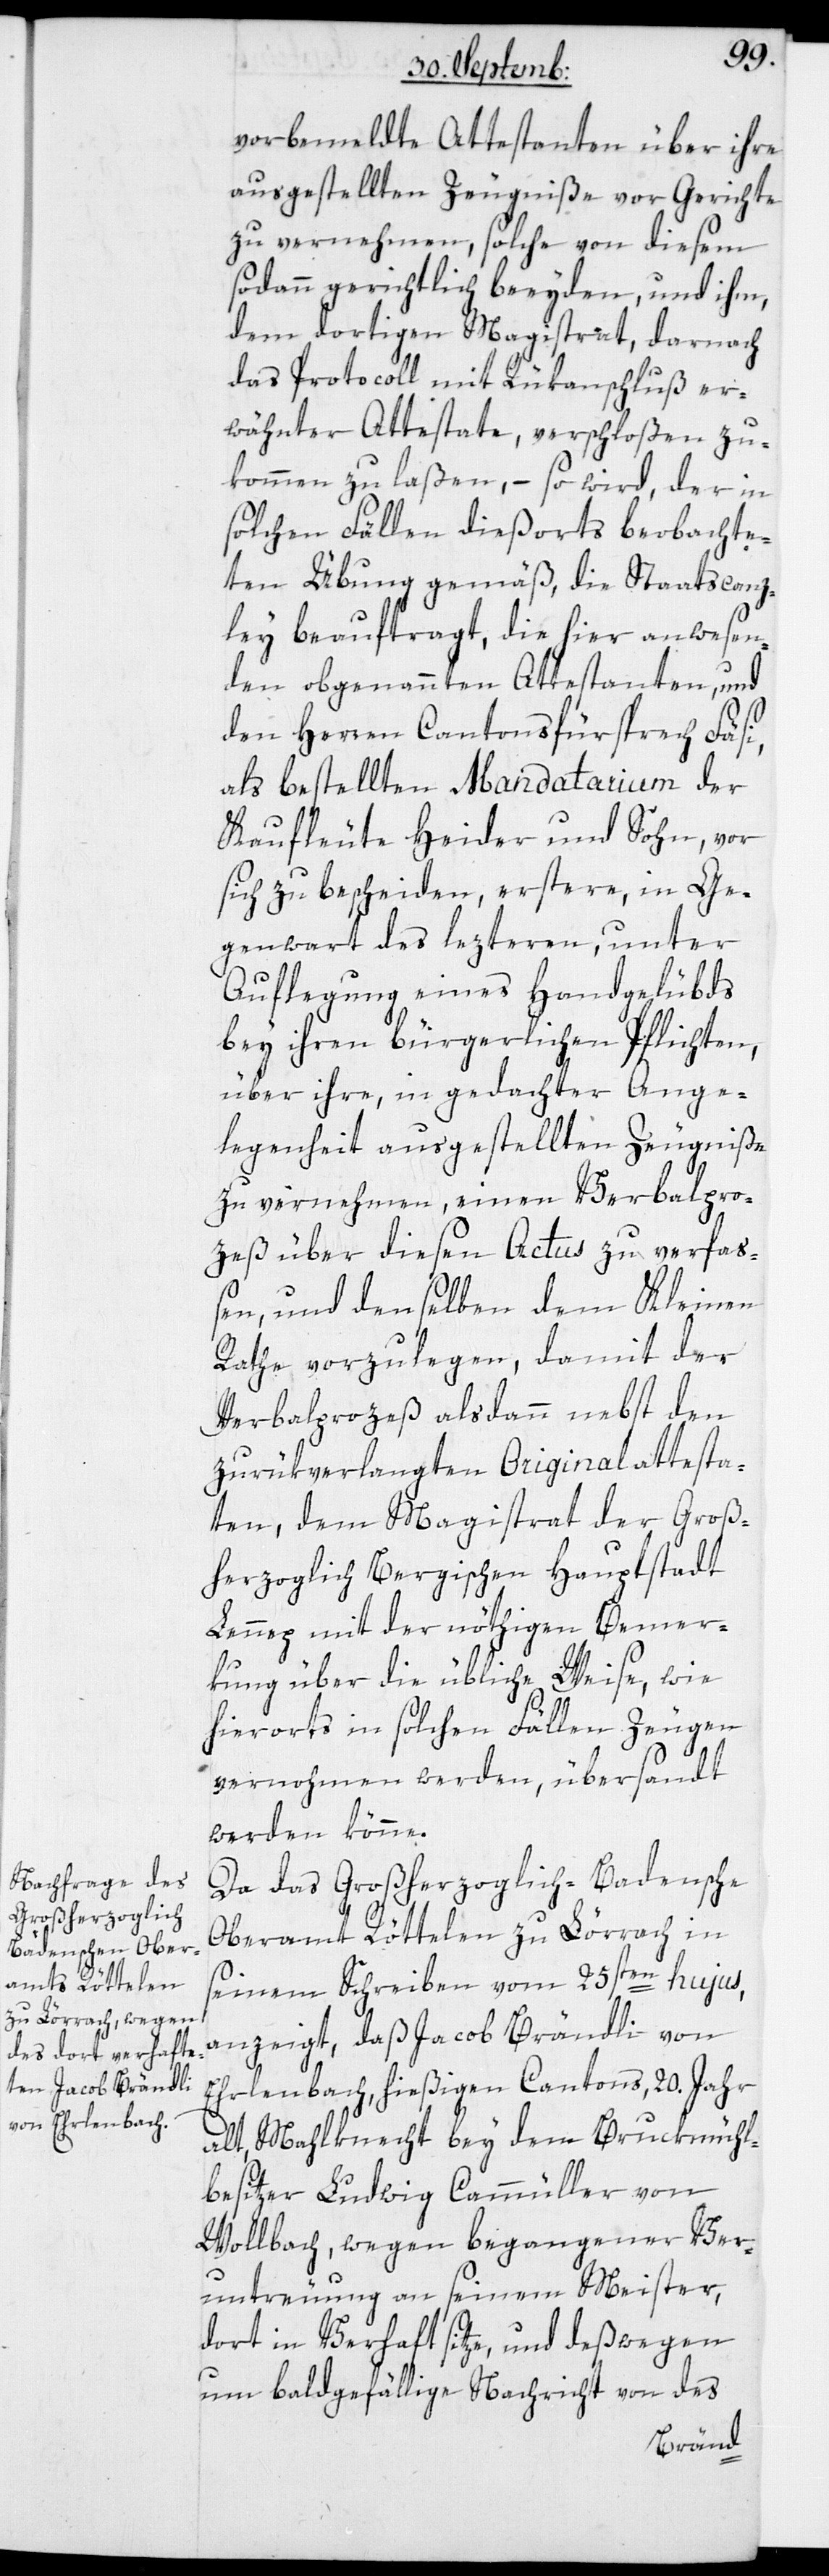
vorbemeldte Attestanten über ihre
ausgestellten Zeugniße vor Gerichte
zu vernehmen, solche von diesem
sodann gerichtlich beeyden, und ihm,
dem dortigen Magistrat, darnach
das Protocoll mit Rükanschluß er¬
wähnter Attestate, verschloßen zu¬
kommen zu laßen, – so wird, der in
solchen Fällen diesorts beobachte¬
ten Übung gemäß, die Staatscanz¬
ley beauftragt, die hier anwesen¬
den obgenannten Attestanten, und
den Herren Cantonsfürsprech Fäsi,
als bestellten Mandatarium der
Kaufleute Heider und Sohn, vor
sich zu bescheiden, erstere, in Ge¬
genwart des lezteren, unter
Auflegung eines Handgelübds
bey ihren bürgerlichen Pflichten,
über ihre, in gedachter Ange¬
legenheit ausgestellten Zeugniße
zu vernehmen, einen Verbalpro¬
zeß über diesen Actus zu verfas¬
sen, und denselben dem Kleinen
Rathe vorzulegen, damit der
Verbalprozeß alsdann nebst den
zurükverlangten Originalattesta¬
ten, dem Magistrat der Groß¬
herzoglich Bergischen Hauptstadt
Lennep mit der nöthigen Bemer¬
kung über die übliche Weise, wie
hierorts in solchen Fällen Zeugen
vernohmen werden, übersandt
werden könne.
Da das Großherzoglich Badensche
Oberamt Röttelen zu Lörrach in
seinem Schreiben vom 25sten hujus,
anzeigt, daß Jacob Brändli von
Ehrlenbach, hießigen Cantons, 20. Jahr
alt, Mahlknecht bey dem Bruckmühl¬
besitzer Ludwig Cammüller von
Wollbach, wegen begangener Ver¬
untreuung an seinem Meister,
dort in Verhaft sitze, und deßwegen
um bald gefällige Nachricht von des